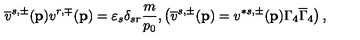
\overline { { v } } ^ { s , \pm } ( \mathbf { p } ) v ^ { r , \mp } ( \mathbf { p } ) = \varepsilon _ { s } \delta _ { s r } \frac m { p _ { 0 } } , \left( \overline { { v } } ^ { s , \pm } ( \mathbf { p } ) = v ^ { * s , \pm } ( \mathbf { p } ) \Gamma _ { 4 } \overline { { \Gamma } } _ { 4 } \right) ,